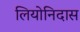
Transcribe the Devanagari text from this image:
लियोनिदास